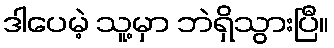
ဒါပေမဲ့ သူ့မှာ ဘဲရှိသွားပြီ။